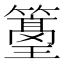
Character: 𥵭